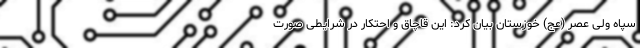
سپاه ولی عصر (عج) خوزستان بیان کرد: این قاچاق و احتکار در شرایطی صورت